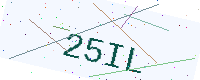
Text: 25IL